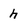
Character: h